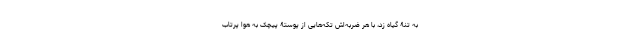
به تنۀ گیاه زد، با هر ضربه‌اش تکه‌‌هایی از پوستۀ پیچک به هوا پرتاب